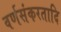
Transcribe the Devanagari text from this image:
वर्णसंकरतादि